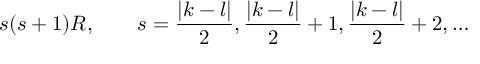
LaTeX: s ( s + 1 ) R , \qquad s = \frac { | k - l | } 2 , \frac { | k - l | } 2 + 1 , \frac { | k - l | } 2 + 2 , \ldots